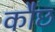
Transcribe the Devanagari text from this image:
कौछ